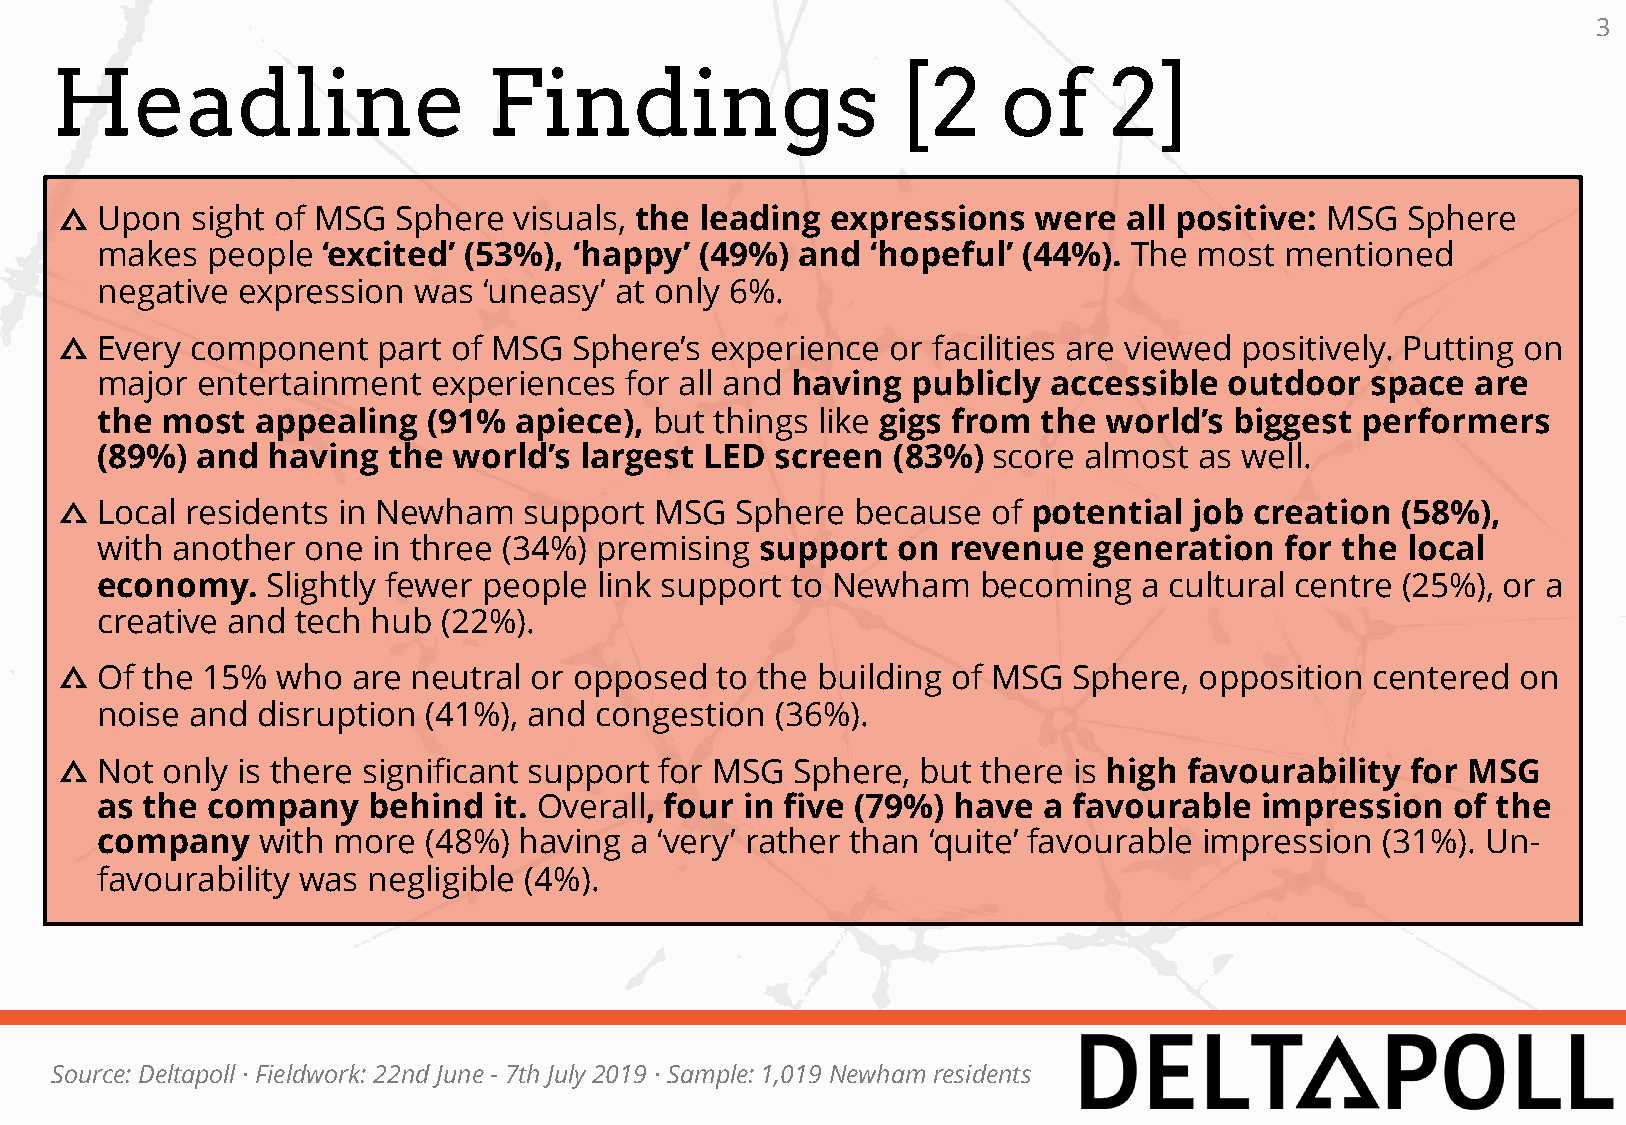
3
 Headline                     Findings                   [2     of     2]
 Upon   sight of MSG Sphere  visuals, the leading expressions   were  all positive: MSG Sphere
 makes   people ‘excited’ (53%), ‘happy’ (49%)  and  ‘hopeful’ (44%). The most  mentioned
 negative  expression was  ‘uneasy’ at only 6%.
 Every  component   part of MSG  Sphere’s experience  or facilities are viewed positively. Putting on
 major  entertainment   experiences for all and having publicly  accessible outdoor   space  are
 the  most  appealing  (91%  apiece), but things like gigs from the world’s  biggest performers
 (89%)  and  having  the world’s largest  LED screen  (83%)  score almost as well.
 Local residents in Newham    support MSG   Sphere  because  of potential job creation  (58%),
 with another  one  in three (34%) premising support  on  revenue  generation   for the local
 economy.    Slightly fewer people link support to Newham   becoming   a cultural centre (25%), or a
 creative and  tech hub (22%).
 Of the 15%  who  are neutral or opposed  to the building of MSG  Sphere, opposition  centered  on
 noise  and disruption (41%), and congestion  (36%).
 Not  only is there significant support for MSG Sphere, but there is high favourability for MSG
 as the  company   behind   it. Overall, four in five (79%) have a favourable impression   of the
 company    with more  (48%) having  a ‘very’ rather than ‘quite’ favourable impression (31%). Un-
 favourability was negligible (4%).
 Source: Deltapoll · Fieldwork: 22nd June - 7th July 2019 · Sample: 1,019 Newham residents